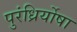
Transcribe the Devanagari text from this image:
पुरंध्रिर्योषा